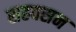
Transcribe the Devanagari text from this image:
सहवसन